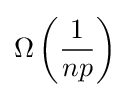
\Omega \left({\frac {1}{np}}\right)